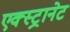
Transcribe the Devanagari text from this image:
एक्स्ट्रानेट